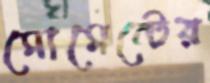
মোমেন্টের